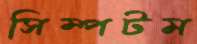
সিম্পটম